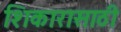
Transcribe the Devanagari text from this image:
शिकारासाठी